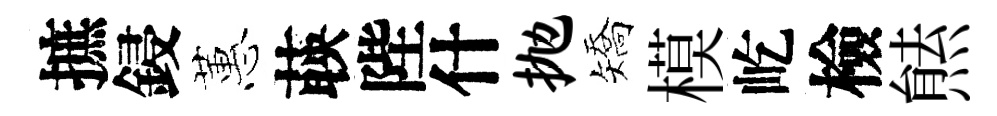
摭鋟蕙𦴤陛什抛矯模屹檢㷱